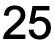
25